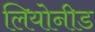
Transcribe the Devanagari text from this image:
लियोनीड